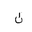
Letter: _non